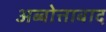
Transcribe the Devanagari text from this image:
अब्बोत्ताबाद